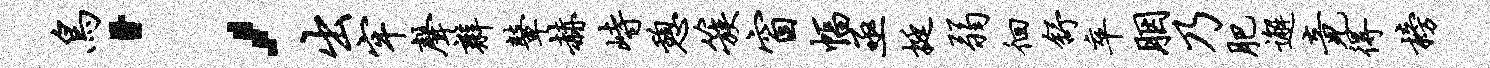
鸟；出牢声辫鼙赫峙憩簇窗幅亟挺弱徊舒卒胭乃肥邂竟得榜